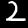
Digit: 2